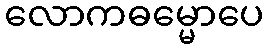
လောကဓမ္မောပေ